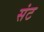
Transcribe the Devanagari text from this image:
संट